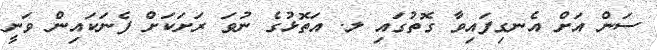
ސަން އަށް އެނގިފައިވާ ގޮތުގައި ލ. އަތޮޅުގެ ނުވަ ރަށަކަށް ފެނަކައިން ވަނީ